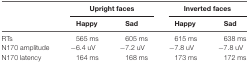
|  | <COLSPAN=2> Upright faces | <COLSPAN=2> Inverted faces |
 |  | Happy | Sad | Happy | Sad |
 | --- | --- | --- | --- | --- |
 | RTs | 565 ms | 605 ms | 615 ms | 638 ms |
 | N170 amplitude | −6.4 uV | −7.2 uV | −7.8 uV | −7.8 uV |
 | N170 latency | 164 ms | 168 ms | 173 ms | 172 ms |